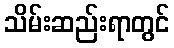
သိမ်းဆည်းရာတွင်